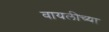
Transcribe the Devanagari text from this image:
वायलीच्या